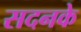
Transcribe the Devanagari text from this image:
सदनके